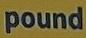
pound